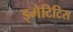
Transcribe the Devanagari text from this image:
ड्मेटिटिस